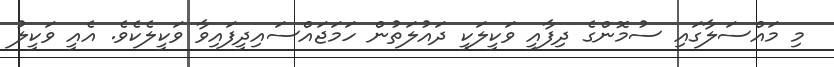
މި މައްސަލާގައި ސުމޮންގެ ދިފާއީ ވަކީލަކީ ދައުލަތުން ހަމަޖައްސައިދީފައިވާ ވަކީލެކެވެ. އެއީ ވަކީލު